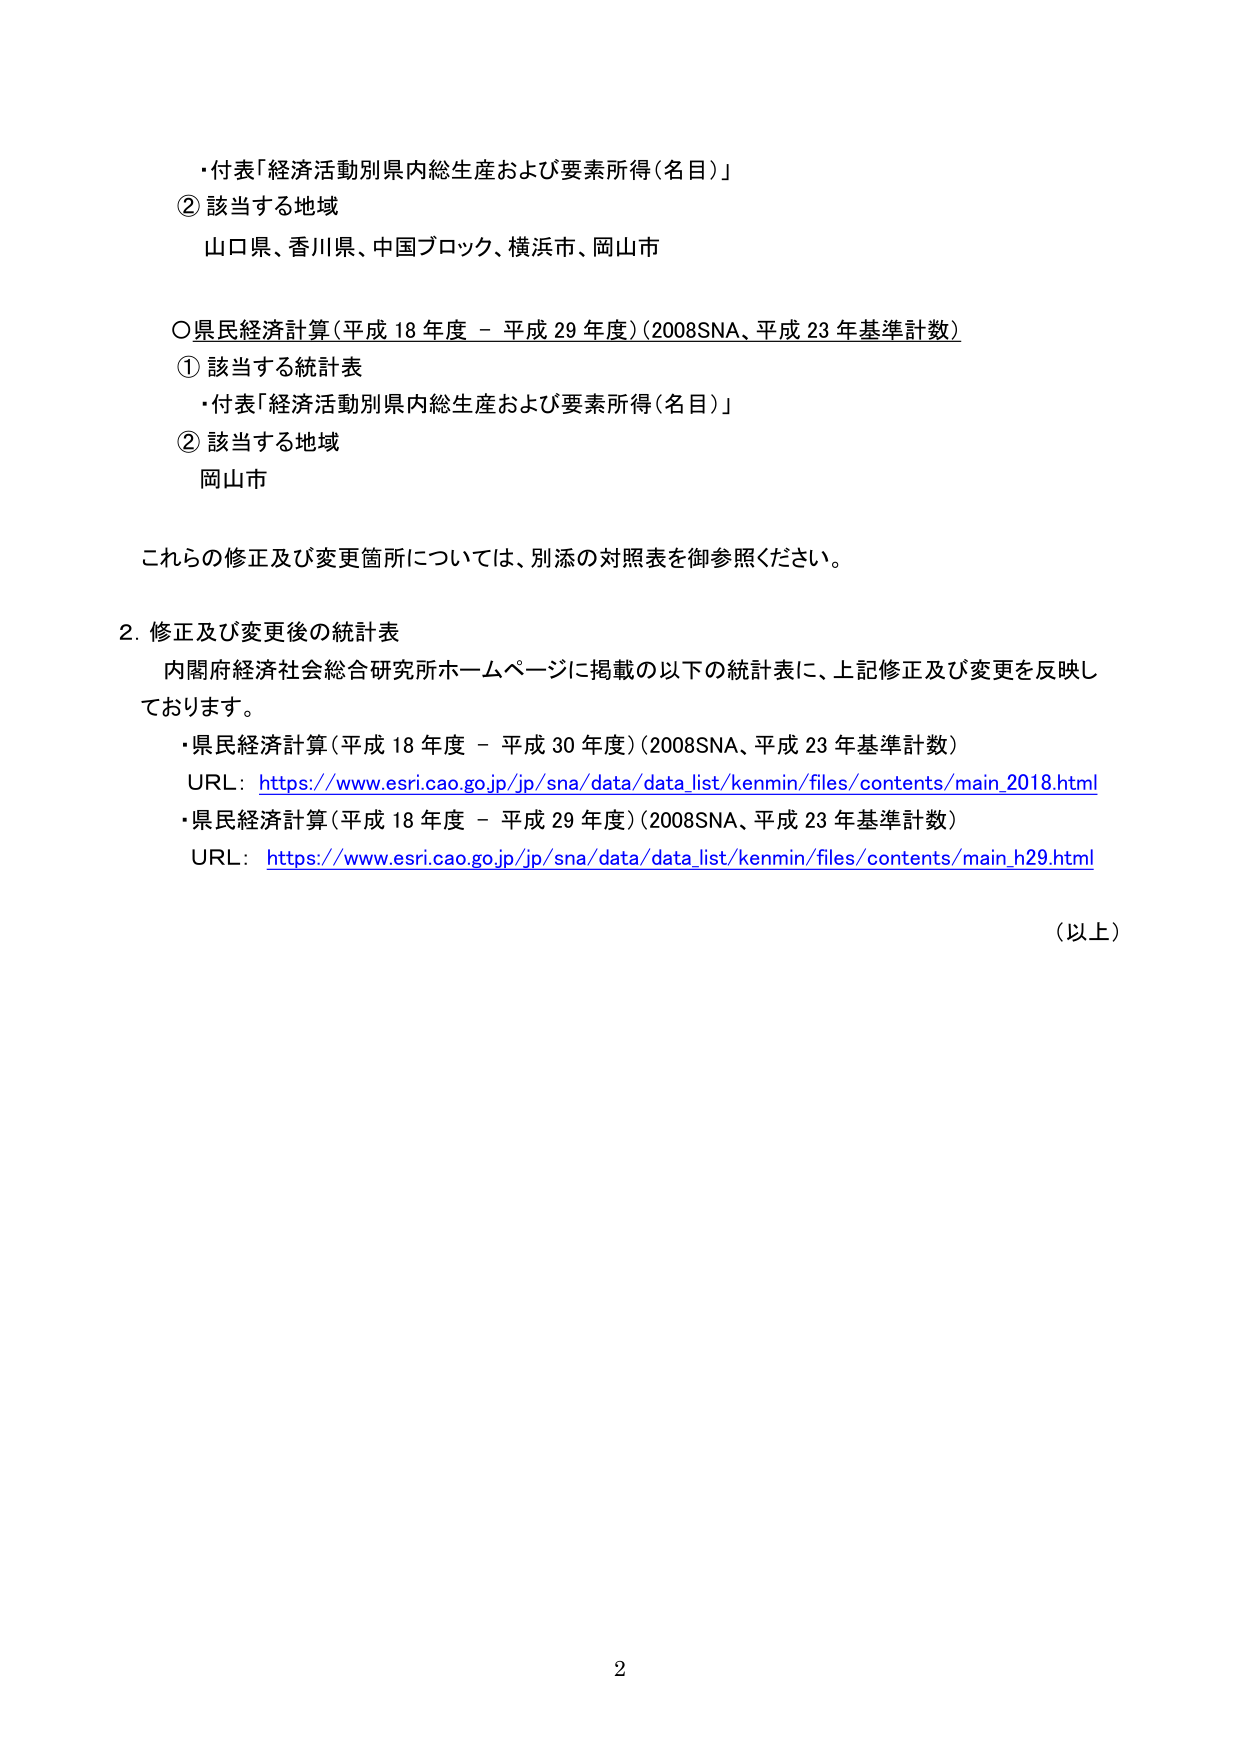
・付表「経済活動別県内総生産および要素所得（名目）」

② 該当する地域
山口県、香川県、中国ブロック、横浜市、岡山市

○県民経済計算（平成18年度－平成29年度）（2008SNA、平成23年基準計数）
① 該当する統計表
・付表「経済活動別県内総生産および要素所得（名目）」
② 該当する地域
岡山市

これらの修正及び変更箇所については、別添の対照表を御参照ください。

2. 修正及び変更後の統計表
内閣府経済社会総合研究所ホームページに掲載の以下の統計表に、上記修正及び変更を反映しております。
・県民経済計算（平成18年度－平成30年度）（2008SNA、平成23年基準計数）
URL: https://www.esri.cao.go.jp/jp/sna/data/data_list/kenmin/files/contents/main_2018.html
・県民経済計算（平成18年度－平成29年度）（2008SNA、平成23年基準計数）
URL: https://www.esri.cao.go.jp/jp/sna/data/data_list/kenmin/files/contents/main_h29.html

（以上）

2